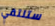
ستلتقي